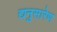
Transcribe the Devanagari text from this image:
द्यनुसारेण